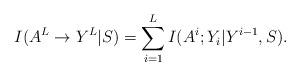
LaTeX: \begin{align*} I( { A}^L \to Y^L | S) = \sum_{i=1}^L I( { A}^i; Y_i| Y^{i-1}, S). \end{align*}